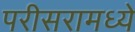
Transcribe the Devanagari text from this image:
परीसरामध्ये